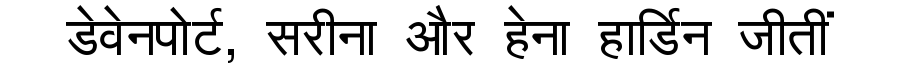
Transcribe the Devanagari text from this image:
डेवेनपोर्ट, सरीना और हेना हार्डिन जीतीं